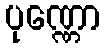
ပုဏ္ဏော